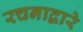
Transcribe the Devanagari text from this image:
रचनाद्वारे